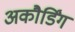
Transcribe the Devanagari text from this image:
अकौर्डिंग